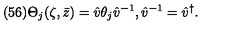
( 5 6 ) \Theta _ { j } ( \zeta , \bar { z } ) = \hat { v } \theta _ { j } \hat { v } ^ { - 1 } , \hat { v } ^ { - 1 } = \hat { v } ^ { \dagger } .